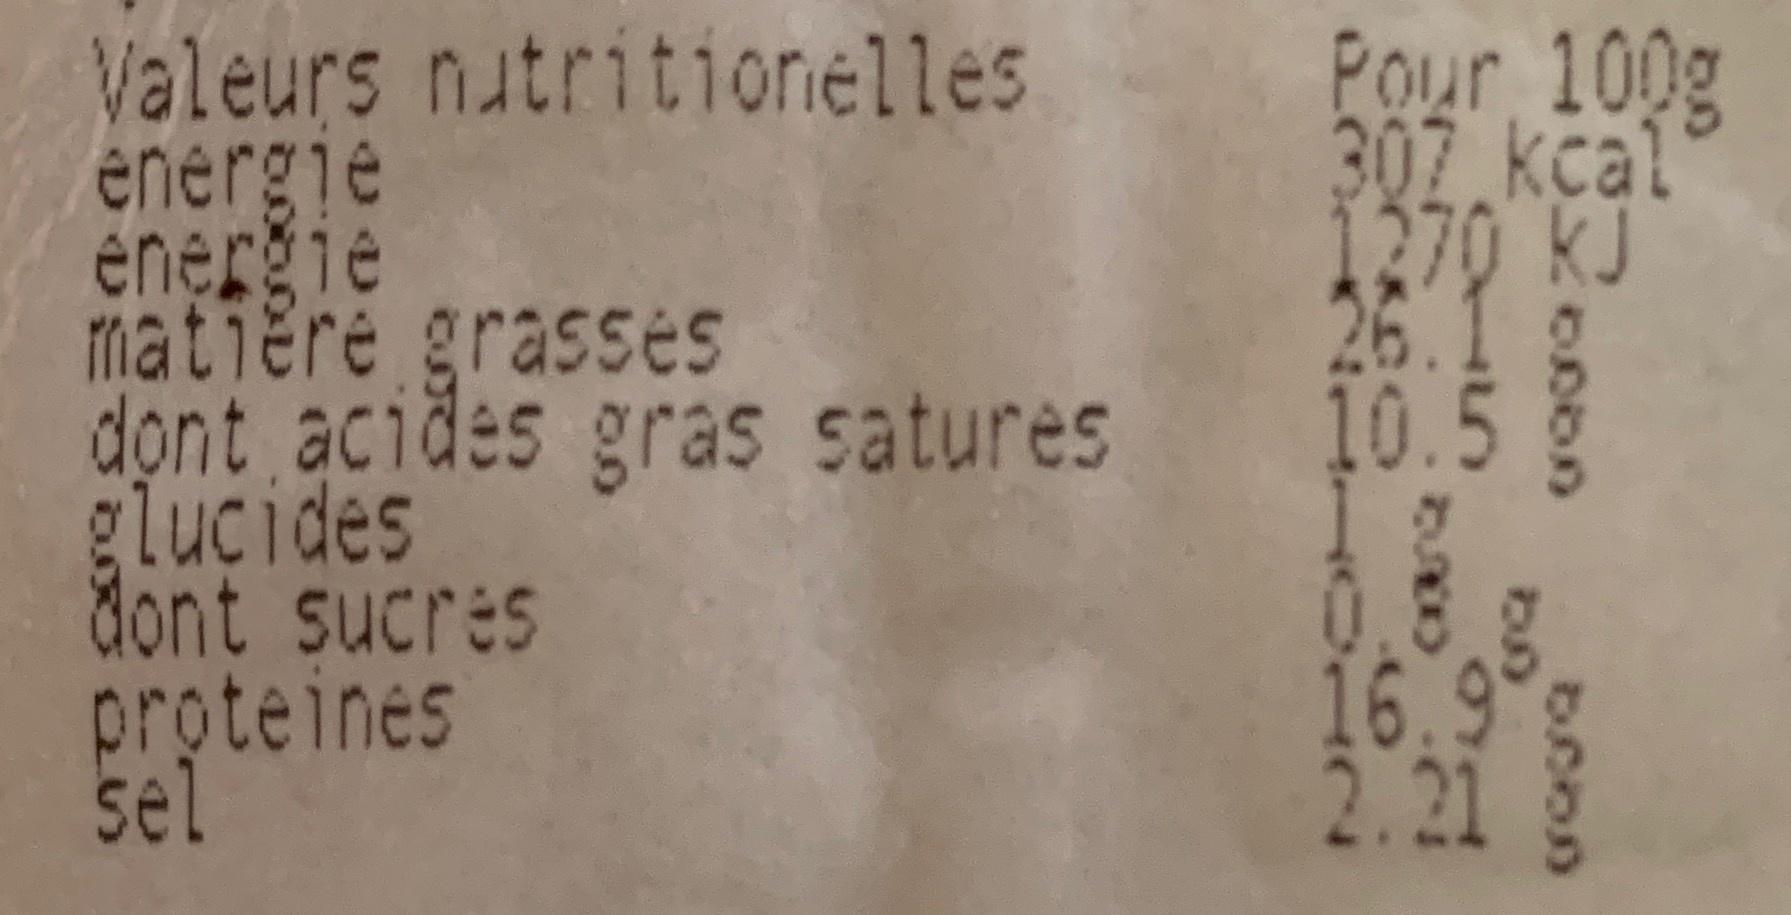
Pour 100g 307 kcal 1270 KJ 26.1g 10.5 g Valeurs nutritiorielles energie énerğie matiere grasses dont acides gras satures glucides dont sucres proteines sel 0.8. 16.9 2.21 1.